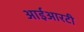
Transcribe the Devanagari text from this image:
आईआरटी